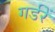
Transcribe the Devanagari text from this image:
गर्डरें